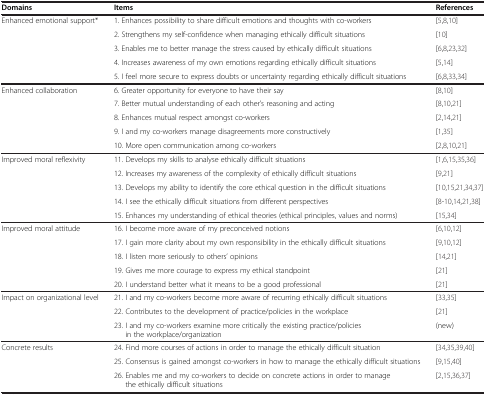
<table><thead><tr><td><b>Domains</b></td><td><b>Items</b></td><td><b>References</b></td></tr></thead><tbody><tr><td>Enhanced emotional support*</td><td>1. Enhances possibility to share difficult emotions and thoughts with co-workers</td><td>[5,8,10]</td></tr><tr><td> </td><td>2. Strengthens my self-confidence when managing ethically difficult situations</td><td>[10]</td></tr><tr><td> </td><td>3. Enables me to better manage the stress caused by ethically difficult situations</td><td>[6,8,23,32]</td></tr><tr><td> </td><td>4. Increases awareness of my own emotions regarding ethically difficult situations</td><td>[5,14]</td></tr><tr><td> </td><td>5. I feel more secure to express doubts or uncertainty regarding ethically difficult situations</td><td>[6,8,33,34]</td></tr><tr><td>Enhanced collaboration</td><td>6. Greater opportunity for everyone to have their say</td><td>[8,10]</td></tr><tr><td> </td><td>7. Better mutual understanding of each other’s reasoning and acting</td><td>[8,10,21]</td></tr><tr><td> </td><td>8. Enhances mutual respect amongst co-workers</td><td>[2,14,21]</td></tr><tr><td> </td><td>9. I and my co-workers manage disagreements more constructively</td><td>[1,35]</td></tr><tr><td> </td><td>10. More open communication among co-workers</td><td>[2,8,10,21]</td></tr><tr><td>Improved moral reflexivity</td><td>11. Develops my skills to analyse ethically difficult situations</td><td>[1,6,15,35,36]</td></tr><tr><td> </td><td>12. Increases my awareness of the complexity of ethically difficult situations</td><td>[9,21]</td></tr><tr><td> </td><td>13. Develops my ability to identify the core ethical question in the difficult situations</td><td>[10,15,21,34,37]</td></tr><tr><td> </td><td>14. I see the ethically difficult situations from different perspectives</td><td>[8-10,14,21,38]</td></tr><tr><td> </td><td>15. Enhances my understanding of ethical theories (ethical principles, values and norms)</td><td>[15,34]</td></tr><tr><td>Improved moral attitude</td><td>16. I become more aware of my preconceived notions</td><td>[6,10,12]</td></tr><tr><td> </td><td>17. I gain more clarity about my own responsibility in the ethically difficult situations</td><td>[9,10,12]</td></tr><tr><td> </td><td>18. I listen more seriously to others’ opinions</td><td>[14,21]</td></tr><tr><td> </td><td>19. Gives me more courage to express my ethical standpoint</td><td>[21]</td></tr><tr><td> </td><td>20. I understand better what it means to be a good professional</td><td>[21]</td></tr><tr><td>Impact on organizational level</td><td>21. I and my co-workers become more aware of recurring ethically difficult situations</td><td>[33,35]</td></tr><tr><td> </td><td>22. Contributes to the development of practice/policies in the workplace</td><td>[21]</td></tr><tr><td> </td><td>23. I and my co-workers examine more critically the existing practice/policies in the workplace/organization</td><td>(new)</td></tr><tr><td rowspan="3">Concrete results</td><td>24. Find more courses of actions in order to manage the ethically difficult situation</td><td>[34,35,39,40]</td></tr><tr><td>25. Consensus is gained amongst co-workers in how to manage the ethically difficult situations</td><td>[9,15,40]</td></tr><tr><td>26. Enables me and my co-workers to decide on concrete actions in order to manage the ethically difficult situations</td><td>[2,15,36,37]</td></tr></tbody></table>